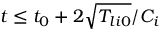
t \leq t _ { 0 } + 2 \sqrt { T _ { l i 0 } } / C _ { i }